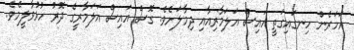
އަހަރެން ހިނގައިގަތީ އައިސް އަލަމާރިއާއި ދިމާލަށެވެ. ގޮސް އައިސް އަލަމާރީގެ ދޮރު ހުޅުވާލީމެވެ.